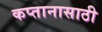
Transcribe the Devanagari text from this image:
कप्तानासाठी